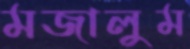
মজালুম